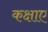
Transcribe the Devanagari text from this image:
कक्षाए